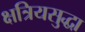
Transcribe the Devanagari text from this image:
क्षत्रियसुद्धा